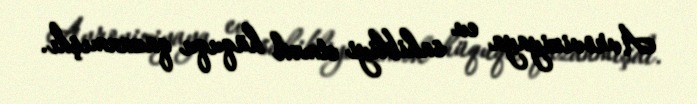
Avroviziyaya ev sahibliyi etmək hüququ qazanmışdı.